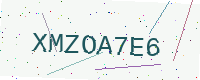
Text: XMZOA7E6